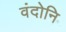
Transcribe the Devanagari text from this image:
वंदोनि